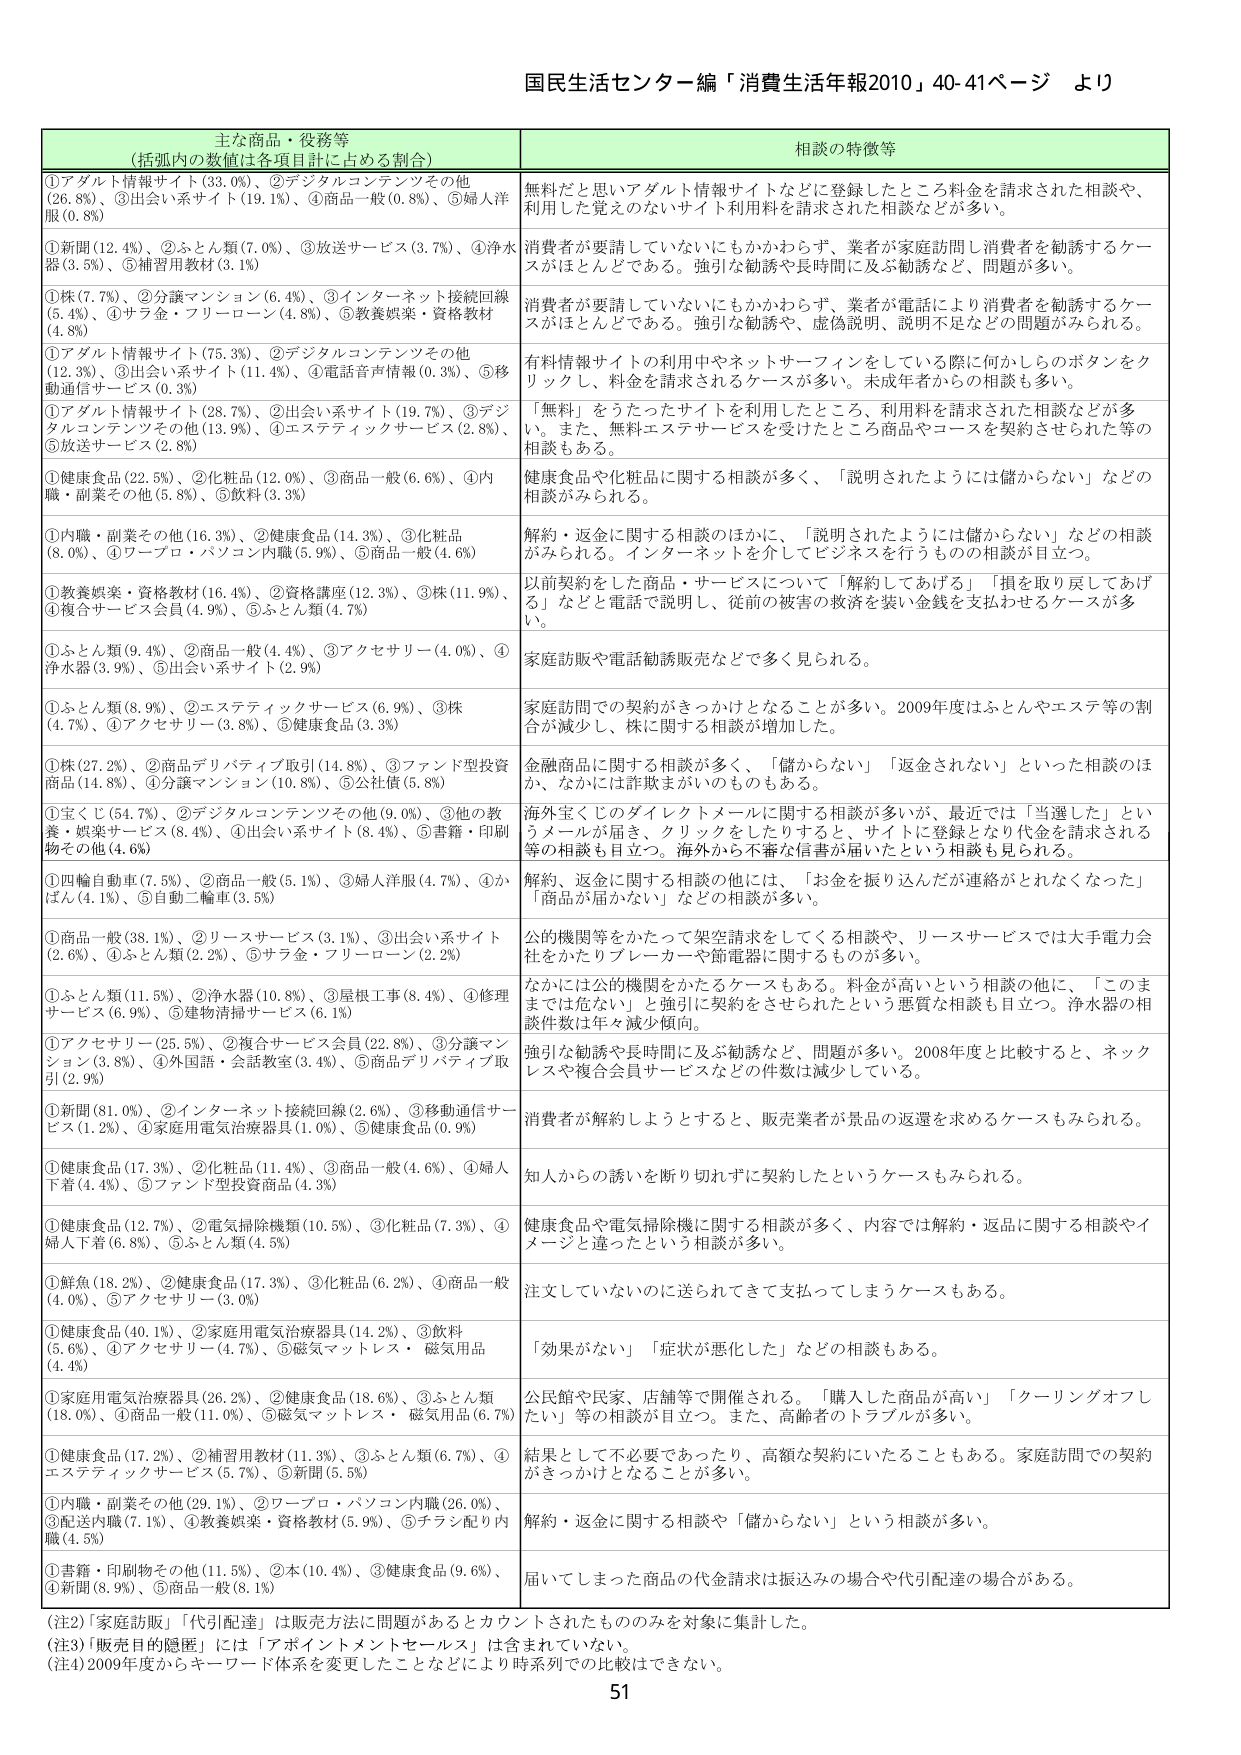
国民生活センター編「消費生活年報2010」40-41ページ より

主な商品・役務等
（括弧内の数値は各項目に占める割合）

①アダルト情報サイト（33.0%）、②デジタルコンテンツその他（26.8%）、③出会い系サイト（19.1%）、④商品一般（0.8%）、⑤婦人洋服（0.8%）

①新聞（12.4%）、②ふとん類（7.0%）、③放送サービス（3.7%）、④浄水器（3.5%）、⑤補習用教材（3.1%）

①株（7.7%）、②分譲マンション（6.4%）、③インターネット接続回線（5.4%）、④サラ金・フリーローン（4.8%）、⑤教養娯楽・資格教材（4.8%）

①アダルト情報サイト（75.3%）、②デジタルコンテンツその他（12.3%）、③出会い系サイト（11.4%）、④電話音声情報（0.3%）、⑤移動通信サービス（0.3%）

①アダルト情報サイト（28.7%）、②出会い系サイト（19.7%）、③デジタルコンテンツその他（13.9%）、④エステティックサービス（2.8%）、⑤放送サービス（2.8%）

①健康食品（22.5%）、②化粧品（12.0%）、③商品一般（6.6%）、④内職・副業その他（5.8%）、⑤飲料（3.3%）

①内職・副業その他（16.3%）、②健康食品（14.3%）、③化粧品（8.0%）、④ワープロ・パソコン内職（5.9%）、⑤商品一般（4.6%）

①教養娯楽・資格教材（16.4%）、②資格講座（12.3%）、③株（11.9%）、④複合サービス会員（4.9%）、⑤ふとん類（4.7%）

①ふとん類（9.4%）、②商品一般（4.4%）、③アクセサリー（4.0%）、④浄水器（3.9%）、⑤出会い系サイト（2.9%）

①ふとん類（8.9%）、②エステティックサービス（6.9%）、③株（4.7%）、④アクセサリー（3.8%）、⑤健康食品（3.3%）

①株（27.2%）、②商品デリバティブ取引（14.8%）、③ファンド型投資商品（14.8%）、④分譲マンション（10.8%）、⑤公社保（5.8%）

①宝くじ（54.7%）、②デジタルコンテンツその他（9.0%）、③他の教養・娯楽サービス（8.4%）、④出会い系サイト（8.4%）、⑤書籍・印刷物その他（4.6%）

①四輪自動車（7.5%）、②商品一般（5.1%）、③婦人洋服（4.7%）、④かばん（4.1%）、⑤自動二輪車（3.5%）

①商品一般（38.1%）、②リースサービス（3.1%）、③出会い系サイト（2.6%）、④ふとん類（2.2%）、⑤サラ金・フリーローン（2.2%）

①ふとん類（11.5%）、②浄水器（10.8%）、③屋根工事（8.4%）、④修理サービス（6.9%）、⑤建物清掃サービス（6.1%）

①アクセサリー（25.5%）、②複合サービス会員（22.8%）、③分譲マンション（3.8%）、④外国語・会話教室（3.4%）、⑤商品デリバティブ取引（2.9%）

①新聞（81.0%）、②インターネット接続回線（2.6%）、③移動通信サービス（1.2%）、④家庭用電気治療器具（1.0%）、⑤健康食品（0.9%）

①健康食品（17.3%）、②化粧品（11.4%）、③商品一般（4.6%）、④婦人下着（4.4%）、⑤ファンド型投資商品（4.3%）

①健康食品（12.7%）、②電気掃除機（10.5%）、③化粧品（7.3%）、④婦人下着（6.8%）、⑤ふとん類（4.5%）

①鮮魚（18.2%）、②健康食品（17.3%）、③化粧品（6.2%）、④商品一般（4.0%）、⑤アクセサリー（3.0%）

①健康食品（40.1%）、②家庭用電気治療器具（14.2%）、③飲料（5.6%）、④アクセサリー（4.7%）、⑤磁気マットレス・磁気用品（4.4%）

①家庭用電気治療器具（26.2%）、②健康食品（18.6%）、③ふとん類（18.0%）、④商品一般（11.0%）、⑤磁気マットレス・磁気用品（6.7%）

①健康食品（17.2%）、②補習用教材（11.3%）、③ふとん類（6.7%）、④エステティックサービス（5.7%）、⑤新聞（5.5%）

①内職・副業その他（29.1%）、②ワープロ・パソコン内職（26.0%）、③配送内職（7.1%）、④教養娯楽・資格教材（5.9%）、⑤チラシ配り内職（4.5%）

①書籍・印刷物その他（11.5%）、②本（10.4%）、③健康食品（9.6%）、④新聞（8.9%）、⑤商品一般（8.1%）

相談の特徴等

無料だと思いアダルト情報サイトなどに登録したところ料金を請求された相談や、利用した覚えのないサイト利用料を請求された相談などが多い。

消費者が要請していないにもかかわらず、業者が家庭訪問し消費者を勧誘するケースがほとんどである。強引な勧誘や長時間に及ぶ勧誘など、問題が多い。

消費者が要請していないにもかかわらず、業者が電話により消費者を勧誘するケースがほとんどである。強引な勧誘や、虚偽説明、説明不足などの問題がみられる。

有料情報サイトの利用中やネットサーフィンをしている際に何かしらのボタンをクリックし、料金を請求されるケースが多い。未成年者からの相談も多い。

「無料」をうたったサイトを利用したところ、利用料を請求された相談などが多 い。また、無料エステサービスを受けたところ商品やコースを契約させられた等の相談もある。

健康食品や化粧品に関する相談が多く、「説明されたようには儲からない」などの相談がみられる。

解約・返金に関する相談のほかに、「説明されたようには儲からない」などの相談がみられる。インターネットを介してビジネスを行うものの相談が目立つ。

以前契約をした商品・サービスについて「解約してあげる」「損を取り戻してあげる」などと電話で説明し、従前の被害の救済を装い金銭を支払わせるケースが多い。

家庭訪問や電話勧誘販売などで多く見られる。

家庭訪問での契約がきっかけとなることが多い。2009年度はふとんやエステ等の割合が減少し、株に関する相談が増加した。

金融商品に関する相談が多く、「儲からない」「返金されない」といった相談のほか、なかには詐欺まがいのものもある。

海外宝くじのダイレクトメールに関する相談が多いが、最近では「当選した」というメールが届き、クリックをしたりすると、サイトに登録となり代金を請求される等の相談も目立つ。海外から不審な信書が届いたという相談も見られる。

解約、返金に関する相談の他には、「お金を振り込んだが連絡がとれなくなった」「商品が届かない」などの相談が多い。

公的機関等をかたって架空請求をしてくる相談や、リースサービスでは大手電力会社をかたったプレーヤー等節電器に関するものが多い。

なかには公的機関をかたるケースもある。料金が高いという相談の他に、「このままでは危ない」と強引に契約をさせられたという悪質な相談も目立つ。浄水器の相談件数は年々減少傾向。

強引な勧誘や長時間に及ぶ勧誘など、問題が多い。2008年度と比較すると、ネックレスや複合会員サービスなどの件数は減少している。

消費者が解約しようとするとき、販売業者が景品の返還を求めるケースもみられる。

知人からの誘いを断り切れずに契約したというケースもみられる。

健康食品や電気掃除機に関する相談が多く、内容では解約・返品に関する相談やイメージと違ったという相談が多い。

注文していないのに送られてきて支払ってしまうケースもある。

「効果がない」「症状が悪化した」などの相談もある。

公民館や民家、店舗等で開催される。「購入した商品が高い」「クーリングオフしたい」等の相談が目立つ。また、高齢者のトラブルが多い。

結果として不必要であったり、高額な契約にいたることもある。家庭訪問での契約がきっかけとなることが多い。

解約・返金に関する相談や「儲からない」という相談が多い。

届いてしまった商品の代金請求は振込みの場合や代引配達の場合がある。

（注2）「家庭訪販」「代引配達」は販売方法に問題があるとカウントされたもののみを対象に集計した。
（注3）「販売目的隠匿」には「アポイントメントセールス」は含まれていない。
（注4）2009年度からキーワード体系を変更したことなどにより時系列での比較はできない。

51